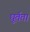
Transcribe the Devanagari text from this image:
घूर्तता